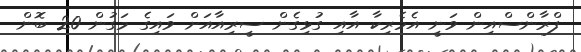
ފްރާންސްއިން ވަނީ އެމެރިކާ އާއި ގުޅިގެން ސީރިއާއަށް ވައިގެ މަގުން 20 ބޮން